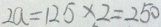
2 a = 1 2 5 \times 2 = 2 5 0